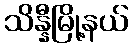
သိန္နီမြို့နယ်